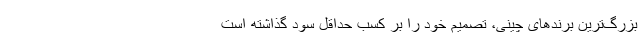
بزرگ‌ترین برند‌های چینی، تصمیم خود را بر کسب حداقل سود گذاشته است